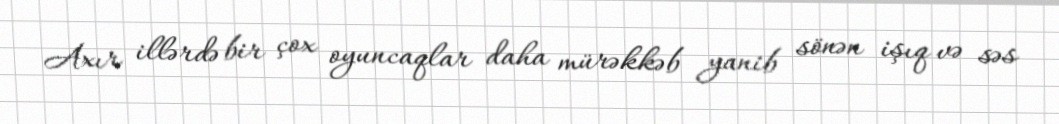
Axır illərdə bir çox oyuncaqlar daha mürəkkəb yanib sönən işıq və səs